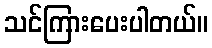
သင်ကြားပေးပါတယ်။